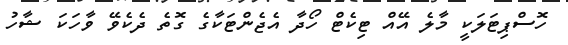
ހޮސްޕިޓަލަކީ މާލެ އޭއް ޓިކެޓް ހޯދާ އެޖެންޓަކާގެ ގޮތެ ދެކެވޭ ވާހަކަ ޝާހު